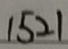
1 5 2 1